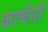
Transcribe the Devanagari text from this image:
कर्त्वयों